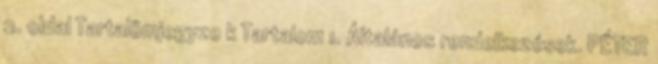
2. oldal Tartalömjegyze k Tartalom 1. Általános rendelkezések. PÉTER